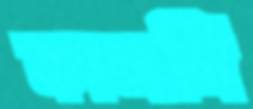
কালসি